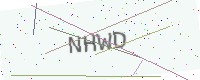
Text: NHWD